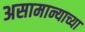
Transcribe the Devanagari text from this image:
असामान्याच्या